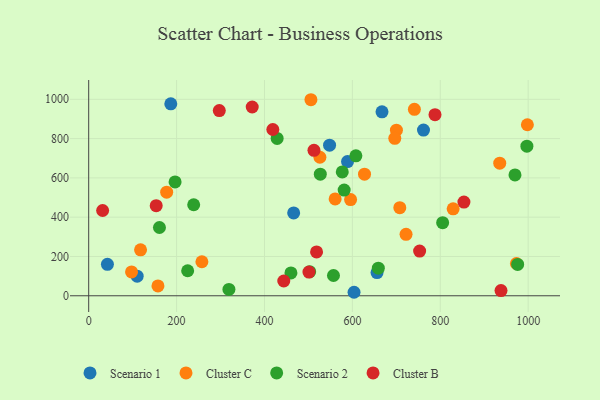
{"axis": {"x": "Price", "y": "Yield"}, "legend": ["Cluster B", "Cluster C", "Scenario 1", "Scenario 2"], "data": [{"x": "110.3", "y": 99.7, "type": "Scenario 1"}, {"x": "186.8", "y": 977.0, "type": "Scenario 1"}, {"x": "42.6", "y": 160.2, "type": "Scenario 1"}, {"x": "656.1", "y": 118.1, "type": "Scenario 1"}, {"x": "667.4", "y": 936.0, "type": "Scenario 1"}, {"x": "466.4", "y": 421.8, "type": "Scenario 1"}, {"x": "548.1", "y": 766.5, "type": "Scenario 1"}, {"x": "603.8", "y": 17.8, "type": "Scenario 1"}, {"x": "589.0", "y": 682.8, "type": "Scenario 1"}, {"x": "761.8", "y": 843.1, "type": "Scenario 1"}, {"x": "707.9", "y": 448.4, "type": "Cluster C"}, {"x": "118.0", "y": 234.1, "type": "Cluster C"}, {"x": "560.8", "y": 493.0, "type": "Cluster C"}, {"x": "526.1", "y": 704.9, "type": "Cluster C"}, {"x": "998.2", "y": 870.5, "type": "Cluster C"}, {"x": "829.3", "y": 442.3, "type": "Cluster C"}, {"x": "257.6", "y": 173.1, "type": "Cluster C"}, {"x": "177.4", "y": 527.2, "type": "Cluster C"}, {"x": "595.9", "y": 489.8, "type": "Cluster C"}, {"x": "741.1", "y": 949.1, "type": "Cluster C"}, {"x": "505.7", "y": 997.8, "type": "Cluster C"}, {"x": "700.2", "y": 842.8, "type": "Cluster C"}, {"x": "696.5", "y": 801.1, "type": "Cluster C"}, {"x": "935.3", "y": 674.8, "type": "Cluster C"}, {"x": "157.6", "y": 50.0, "type": "Cluster C"}, {"x": "973.3", "y": 164.2, "type": "Cluster C"}, {"x": "627.6", "y": 619.0, "type": "Cluster C"}, {"x": "722.1", "y": 312.7, "type": "Cluster C"}, {"x": "97.5", "y": 121.4, "type": "Cluster C"}, {"x": "428.8", "y": 800.9, "type": "Scenario 2"}, {"x": "805.4", "y": 372.0, "type": "Scenario 2"}, {"x": "577.0", "y": 630.2, "type": "Scenario 2"}, {"x": "502.8", "y": 122.5, "type": "Scenario 2"}, {"x": "608.0", "y": 712.4, "type": "Scenario 2"}, {"x": "161.0", "y": 347.5, "type": "Scenario 2"}, {"x": "196.6", "y": 579.3, "type": "Scenario 2"}, {"x": "970.0", "y": 615.2, "type": "Scenario 2"}, {"x": "581.3", "y": 538.2, "type": "Scenario 2"}, {"x": "557.0", "y": 103.2, "type": "Scenario 2"}, {"x": "527.0", "y": 618.7, "type": "Scenario 2"}, {"x": "976.1", "y": 159.7, "type": "Scenario 2"}, {"x": "319.1", "y": 32.3, "type": "Scenario 2"}, {"x": "460.2", "y": 116.3, "type": "Scenario 2"}, {"x": "997.1", "y": 761.2, "type": "Scenario 2"}, {"x": "659.0", "y": 140.7, "type": "Scenario 2"}, {"x": "225.2", "y": 127.3, "type": "Scenario 2"}, {"x": "238.9", "y": 463.2, "type": "Scenario 2"}, {"x": "419.0", "y": 846.2, "type": "Cluster B"}, {"x": "853.8", "y": 477.1, "type": "Cluster B"}, {"x": "753.0", "y": 227.5, "type": "Cluster B"}, {"x": "153.6", "y": 458.4, "type": "Cluster B"}, {"x": "443.9", "y": 75.3, "type": "Cluster B"}, {"x": "372.1", "y": 960.9, "type": "Cluster B"}, {"x": "31.7", "y": 433.9, "type": "Cluster B"}, {"x": "512.6", "y": 740.2, "type": "Cluster B"}, {"x": "501.2", "y": 120.6, "type": "Cluster B"}, {"x": "788.0", "y": 921.5, "type": "Cluster B"}, {"x": "938.2", "y": 26.5, "type": "Cluster B"}, {"x": "297.2", "y": 942.8, "type": "Cluster B"}, {"x": "518.5", "y": 223.3, "type": "Cluster B"}]}